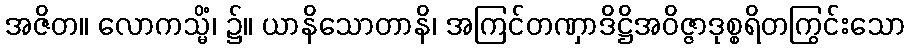
အဇိတ။ လောကသ္မိံ၊ ၌။ ယာနိသောတာနိ၊ အကြင်တဏှာဒိဋ္ဌိအဝိဇ္ဇာဒုစ္စရိတကြွင်းသော